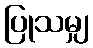
ပြုသမျှ